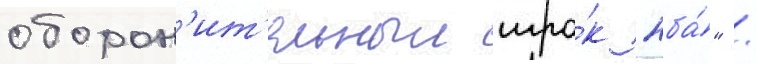
оборон'ит'ельныи игро́к нба́" /